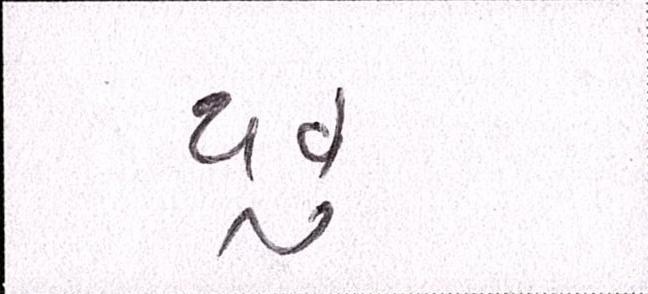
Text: થવું